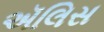
ઍલિસ